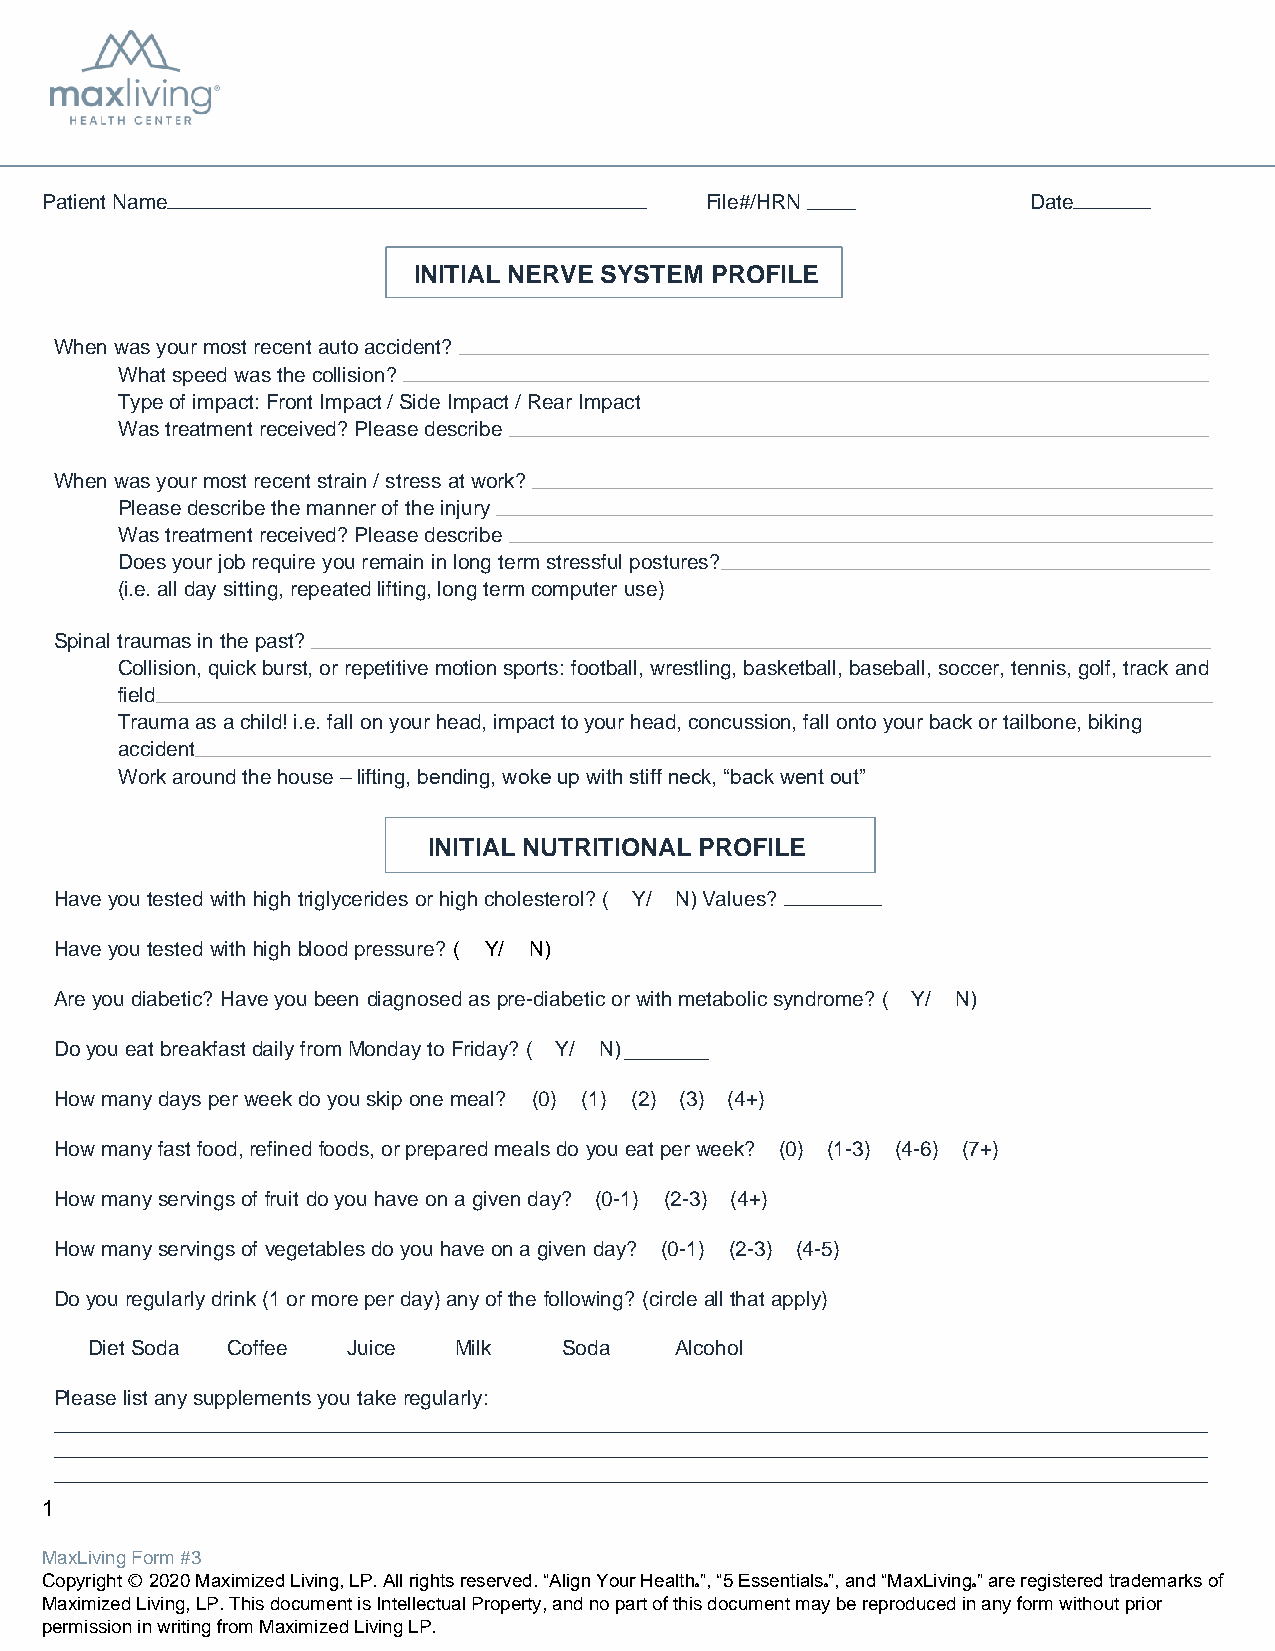
Align Chiropractic
 Patient Name                                File#/HRN            Date
 INITIAL NERVE SYSTEM PROFILE
 When was your most recent auto accident?
 What speed was the collision?
 Type of impact: Front Impact / Side Impact / Rear Impact
 Was treatment received? Please describe
 When was your most recent strain / stress at work?
 Please describe the manner of the injury
 Was treatment received? Please describe
 Does your job require you remain in long term stressful postures?
 (i.e. all day sitting, repeated lifting, long term computer use)
 Spinal traumas in the past?
 Collision, quick burst, or repetitive motion sports: football, wrestling, basketball, baseball, soccer, tennis, golf, track and
 field
 Trauma as a child! i.e. fall on your head, impact to your head, concussion, fall onto your back or tailbone, biking
 accident
 Work around the house – lifting, bending, woke up with stiff neck, “back went out”
 INITIAL NUTRITIONAL PROFILE
 Have you tested with high triglycerides or high cholesterol? ( Y/ N) Values?
 Have you tested with high blood pressure? ( Y/ N)
 Are you diabetic? Have you been diagnosed as pre-diabetic or with metabolic syndrome? ( Y/ N)
 Do you eat breakfast daily from Monday to Friday? ( Y/ N)
 How many days per week do you skip one meal? (0) (1) (2) (3) (4+)
 How many fast food, refined foods, or prepared meals do you eat per week? (0) (1-3) (4-6) (7+)
 How many servings of fruit do you have on a given day? (0-1) (2-3) (4+)
 How many servings of vegetables do you have on a given day? (0-1) (2-3) (4-5)
 Do you regularly drink (1 or more per day) any of the following? (circle all that apply)
 Diet Soda Coffee Juice  Milk   Soda    Alcohol
 Please list any supplements you take regularly:
 1
 MaxLiving Form #3
 Copyright Ⓒ 2020 Maximized Living, LP. All rights reserved. “Align Your Health”, “5 Essentials”, and “MaxLiving” are registered trademarks of
 Ⓡ        Ⓡ        Ⓡ
 Maximized Living, LP. This document is Intellectual Property, and no part of this document may be reproduced in any form without prior
 permission in writing from Maximized Living LP.